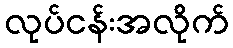
လုပ်ငန်းအလိုက်